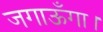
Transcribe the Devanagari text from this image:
जगाऊँगा।